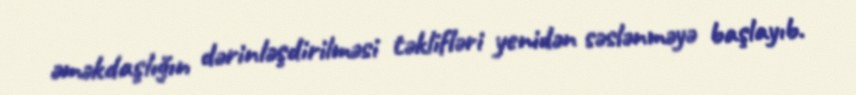
əməkdaşlığın dərinləşdirilməsi təklifləri yenidən səslənməyə başlayıb.